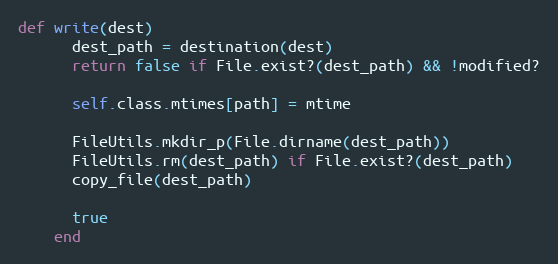
Language: Ruby
def write(dest)
      dest_path = destination(dest)
      return false if File.exist?(dest_path) && !modified?

      self.class.mtimes[path] = mtime

      FileUtils.mkdir_p(File.dirname(dest_path))
      FileUtils.rm(dest_path) if File.exist?(dest_path)
      copy_file(dest_path)

      true
    end